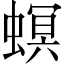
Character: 螟